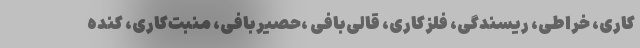
کاری، خراطی، ریسندگی، فلزکاری، قالی‌بافی ،حصیربافی، منبت‌کاری، کنده